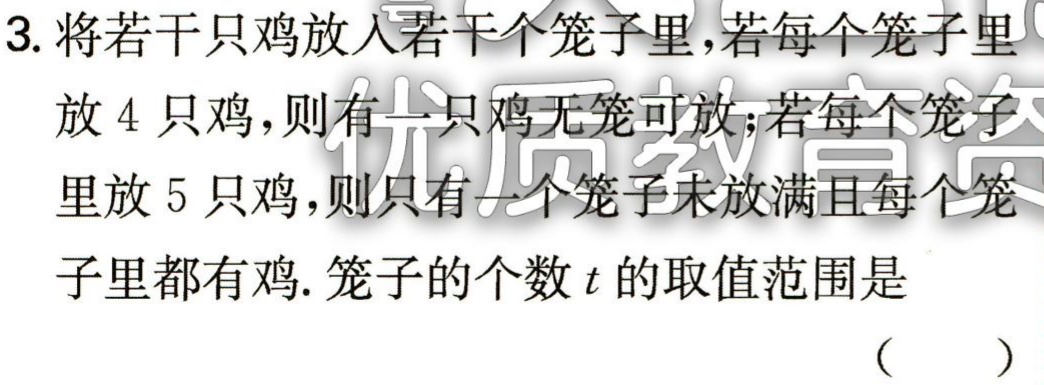
3. 将若干只鸡放入若干个笼子里，若每个笼子里

放4只鸡，则有一只鸡无笼可放；若每个笼子

里放5只鸡，则只有一个笼子未放满且每个笼

子里都有鸡. 笼子的个数\(t\)的取值范围是

（  ）